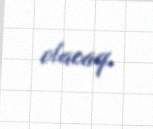
olacaq.